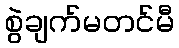
စွဲချက်မတင်မီ